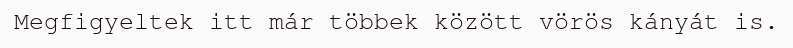
Megfigyeltek itt már többek között vörös kányát is.